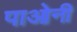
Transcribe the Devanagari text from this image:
पाओनी